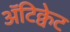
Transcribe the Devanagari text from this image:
अॅटिक्वेट